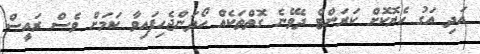
އަދި އަގު ހެޔޮކޮށް ކަރަންޓް ދެވޭނެ ގޮތްތަކެއް ހޯދަންޖެހިފައިވާ ކަމަށް ވެސް ރައީސް